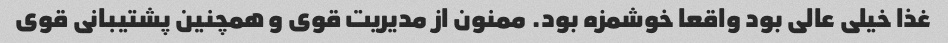
غذا خیلی عالی بود واقعا خوشمزه بود. ممنون از مدیریت قوی و همچنین پشتیبانی قوی